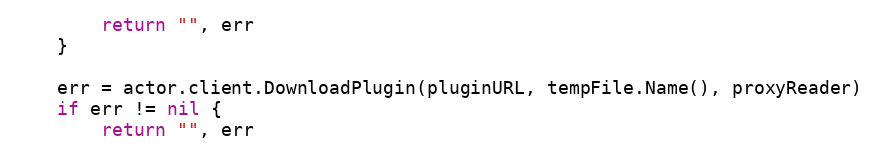
Language: Go
		return "", err
	}

	err = actor.client.DownloadPlugin(pluginURL, tempFile.Name(), proxyReader)
	if err != nil {
		return "", err